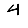
Digit: 4